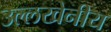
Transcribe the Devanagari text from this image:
उल्‍लखेनीय